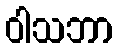
ဝါသဘာ